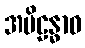
အပိဠန္ဓာဝ